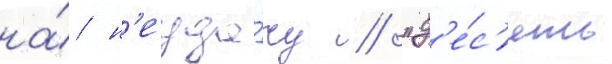
на́ н'еуда́чу / "д'е́с'ять